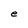
Character: e